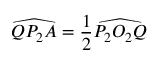
{ \widehat { Q P _ { 2 } A } } = { \frac { 1 } { 2 } } { \widehat { P _ { 2 } O _ { 2 } Q } }